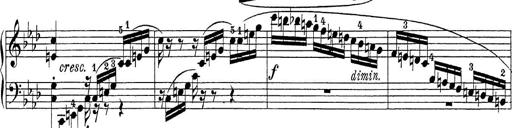
Title: Sonatina Album
Composer: Louis KÃ¶hler